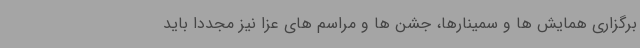
برگزاری همایش ها و سمینارها، جشن ها و مراسم های عزا نیز مجددا باید